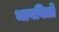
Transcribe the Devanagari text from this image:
भागवितो